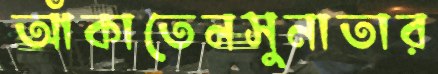
আঁকাতেনসুনাতার